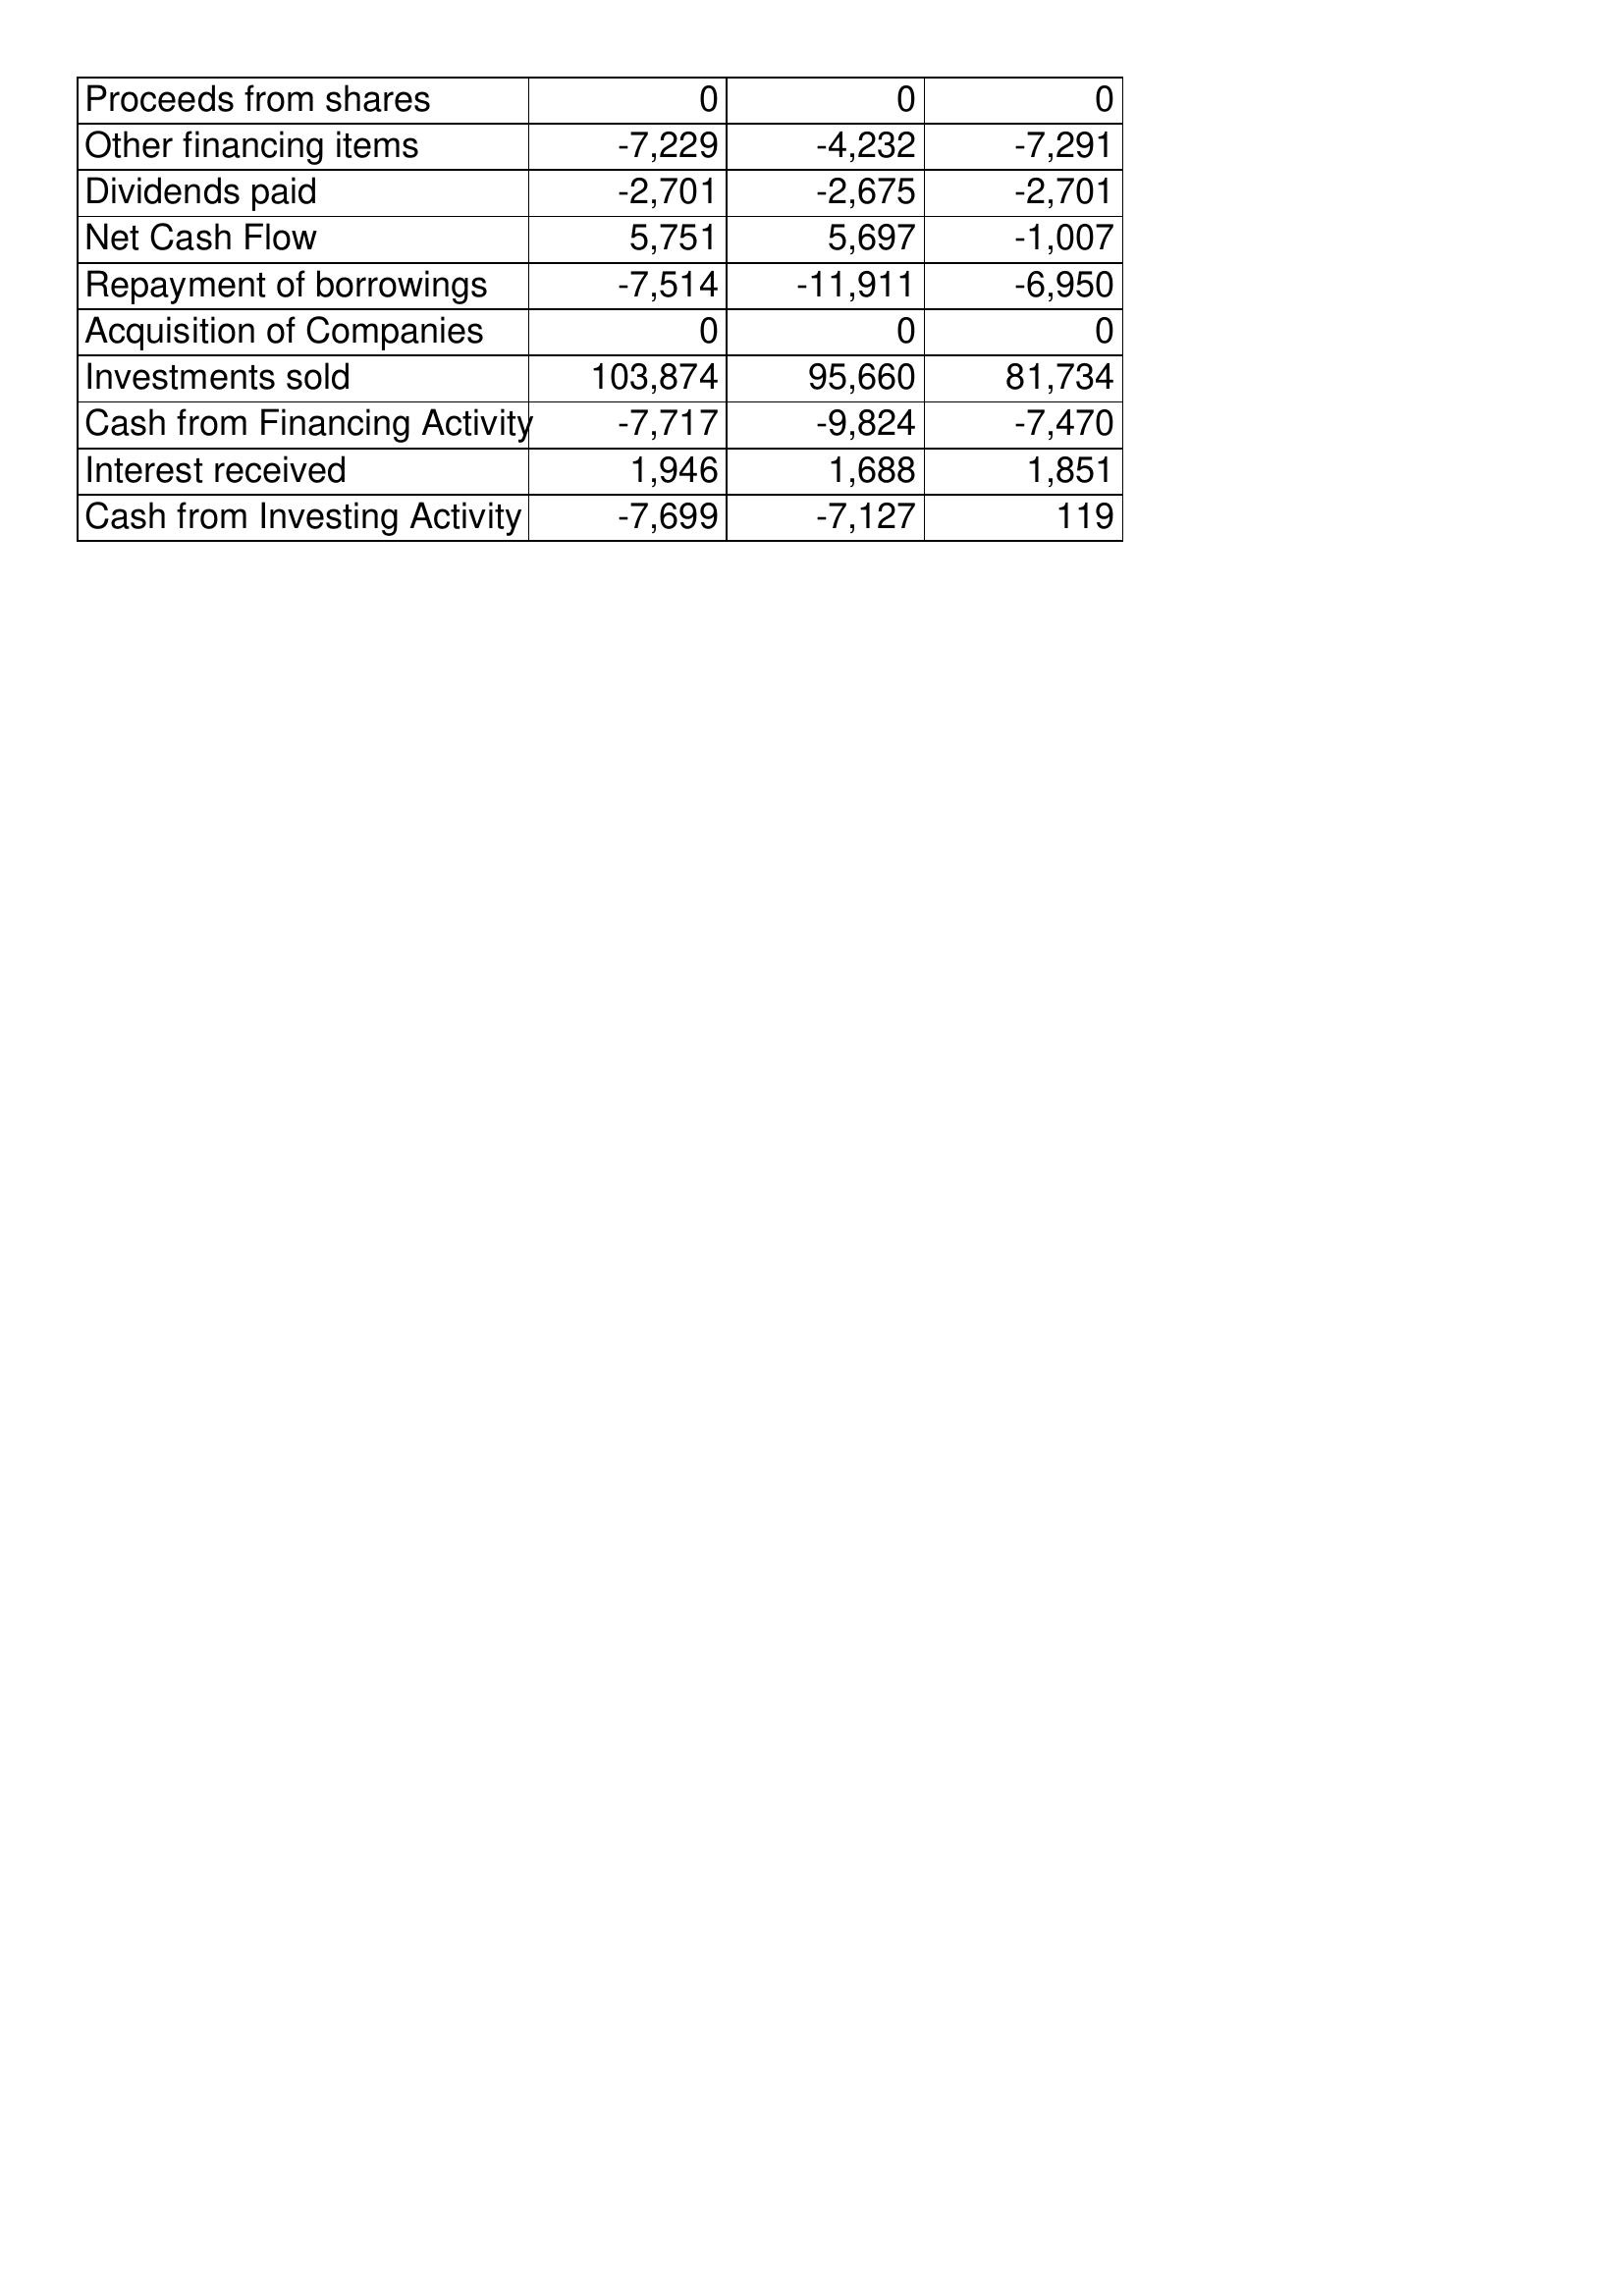
May-14: Cash Flows: Proceeds from shares: 0
Other financing items: -7,229
Dividends paid: -2,701
Net Cash Flow: 5,751
Repayment of borrowings: -7,514
Acquisition of Companies: 0
Investments sold: 103,874
Cash from Financing Activity: -7,717
Interest received: 1,946
Cash from Investing Activity: -7,699
May-13: Cash Flows: Proceeds from shares: 0
Other financing items: -4,232
Dividends paid: -2,675
Net Cash Flow: 5,697
Repayment of borrowings: -11,911
Acquisition of Companies: 0
Investments sold: 95,660
Cash from Financing Activity: -9,824
Interest received: 1,688
Cash from Investing Activity: -7,127
May-12: Cash Flows: Proceeds from shares: 0
Other financing items: -7,291
Dividends paid: -2,701
Net Cash Flow: -1,007
Repayment of borrowings: -6,950
Acquisition of Companies: 0
Investments sold: 81,734
Cash from Financing Activity: -7,470
Interest received: 1,851
Cash from Investing Activity: 119